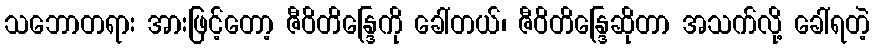
သဘောတရား အားဖြင့်တော့ ဇီဝိတိန္ဒြေကို ခေါ်တယ်၊ ဇီဝိတိန္ဒြေဆိုတာ အသက်လို့ ခေါ်ရတဲ့